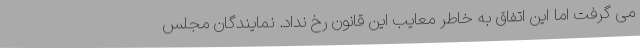
می گرفت اما این اتفاق به خاطر معایب این قانون رخ نداد. نمایندگان مجلس